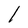
Character: l